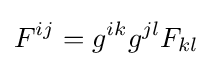
F^{ij}=g^{ik}g^{jl}F_{kl}